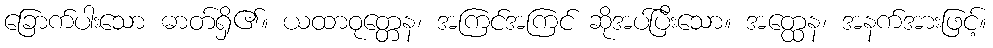
ခြောက်ပါးသော ဓာတ်ရှိ၏။ ယထာဝုတ္တေန၊ အကြင်အကြင် ဆိုအပ်ပြီးသော။ အတ္ထေန၊ အနက်အားဖြင့်။